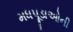
મધપૂડાઓની